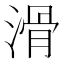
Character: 滑